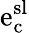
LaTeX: \mathrm{e}_{\mathrm{{c}}}^{\mathrm{{sl}}}